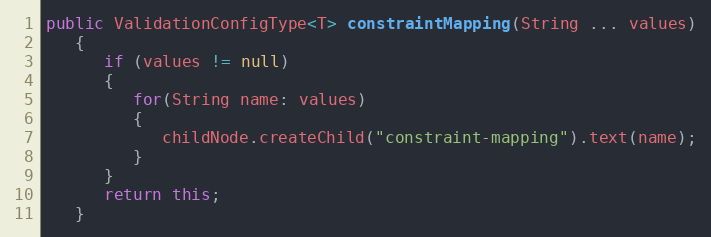
Language: Java
public ValidationConfigType<T> constraintMapping(String ... values)
   {
      if (values != null)
      {
         for(String name: values)
         {
            childNode.createChild("constraint-mapping").text(name);
         }
      }
      return this;
   }